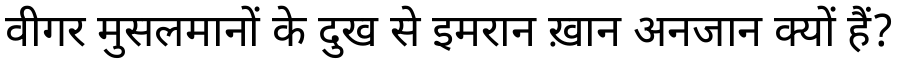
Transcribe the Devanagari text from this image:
वीगर मुसलमानों के दुख से इमरान ख़ान अनजान क्यों हैं?